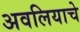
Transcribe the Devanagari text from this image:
अवलियाचे